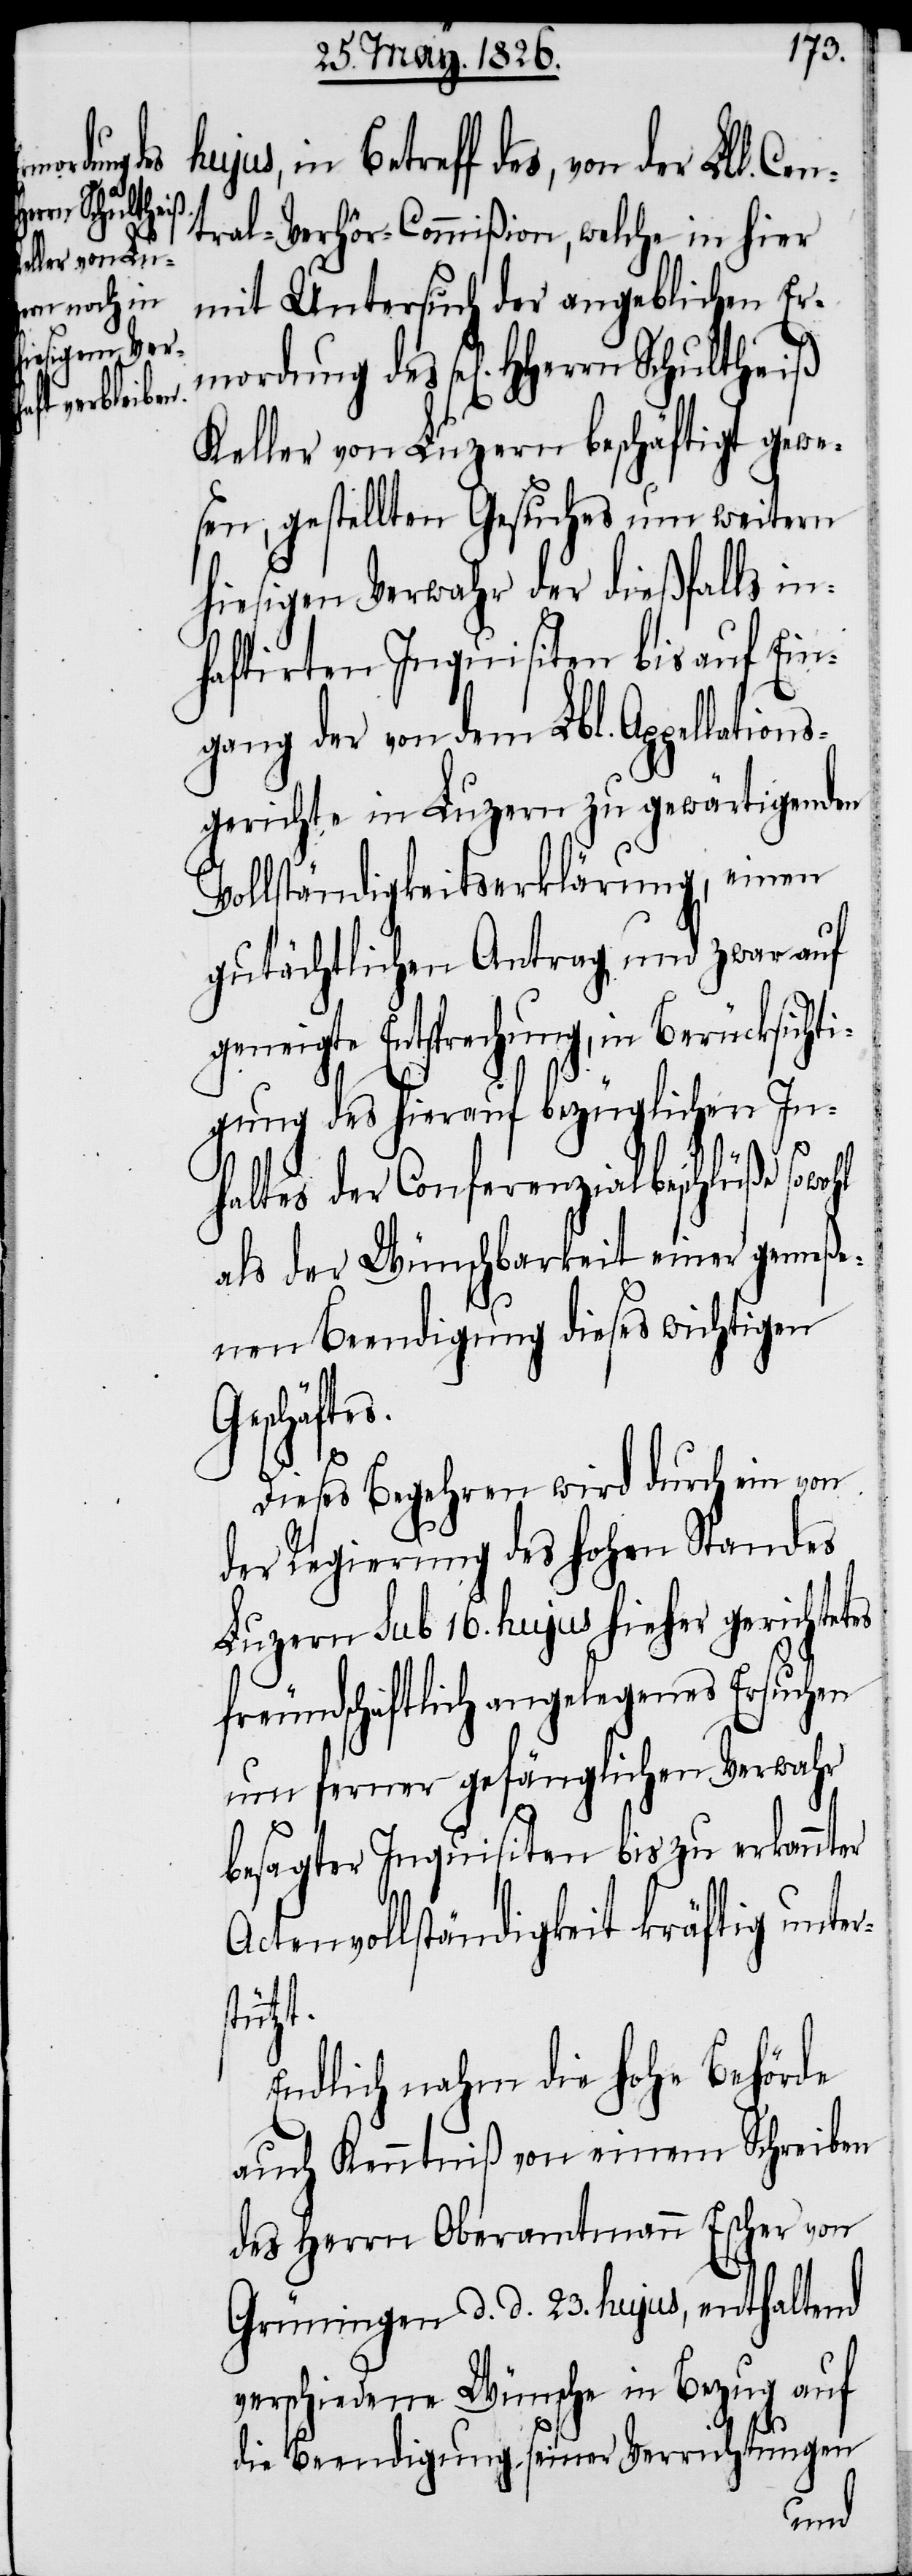
rstützt.

hujus, in Betreff des, von der L¬
tral-Verhör-Commißion, welche in hier
mit Untersuch der angeblichen Er¬
Keller von Luzern beschäftigt gewe¬
sen, gestellten Gesuches um weitern
hiesigen Verwahr der dießfalls in¬
haftirten Inquisiten bis auf Ein¬
gang der von dem Lbl. Appellations¬
gerichte in Luzern zu gewärtigenden
Vollständigkeitserklärung, einen
gutächtlichen Antrag und zwar auf
Entsprechung, in Berücksich¬
tes
gung des hierauf bezüglichen In¬
haltes der Conferenzialbeschlüße sowohl
als der Wünschbarkeit einer gemeße¬
nen Beendigung dieses wichtigen
Geschäft¬
Dieses Begehren wird durch ein von
der Regierung des hohen Standes
Luzern sub 16. hujus hieher gerichte¬
freundschaftlich angelegenes Ersuchen
um ferner gefänglichen Verwahr
besagter Inquisiten bis zu erkannter
Actenvollständigkeit kräftig unte¬
Endlich nahm die hohe Behörde
auch Kenntniß von einem Schreiben
des Herrn Oberamtmann Escher von
Grüningen d. d. 23. hujus, enthaltend
verschiedene Wünsche in Bezug auf
die Beendigung seiner Verrichtungen